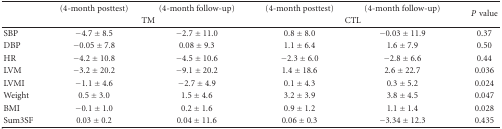
<table><thead><tr><td></td><td><b>(4-month posttest)</b></td><td><b> (4-month follow-up)</b></td><td><b>(4-month posttest)</b></td><td><b>(4-month follow-up)</b></td><td rowspan="2"><b><i>P</i>value</b></td></tr><tr><td></td><td colspan="2"><b>TM</b></td><td colspan="2"><b>CTL</b></td></tr></thead><tbody><tr><td>SBP</td><td>−4.7 ± 8.5</td><td>−2.7 ± 11.0</td><td>0.8 ± 8.0</td><td>−0.03 ± 11.9</td><td>0.37</td></tr><tr><td>DBP</td><td>−0.05 ± 7.8</td><td>0.08 ± 9.3</td><td>1.1 ± 6.4</td><td>1.6 ± 7.9</td><td>0.50</td></tr><tr><td>HR</td><td>−4.2 ± 10.8</td><td>−4.5 ± 10.6</td><td>−2.3 ± 6.0</td><td>−2.8 ± 6.6</td><td>0.44</td></tr><tr><td>LVM</td><td>−3.2 ± 20.2</td><td>−9.1 ± 20.2</td><td>1.4 ± 18.6</td><td>2.6 ± 22.7</td><td>0.036</td></tr><tr><td>LVMI</td><td>−1.1 ± 4.6</td><td>−2.7 ± 4.9</td><td>0.1 ± 4.3</td><td>0.3 ± 5.2</td><td>0.024</td></tr><tr><td>Weight</td><td>0.5 ± 3.0</td><td>1.5 ± 4.6</td><td>3.2 ± 3.9</td><td>3.8 ± 4.5</td><td>0.047</td></tr><tr><td>BMI</td><td>−0.1 ± 1.0</td><td>0.2 ± 1.6</td><td>0.9 ± 1.2</td><td>1.1 ± 1.4</td><td>0.028</td></tr><tr><td>Sum3SF</td><td>0.03 ± 0.2</td><td>0.04 ± 11.6</td><td>0.06 ± 0.3</td><td>−3.34 ± 12.3</td><td>0.435</td></tr></tbody></table>